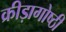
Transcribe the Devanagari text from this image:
क्रीड़ागोष्ठी